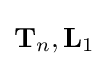
\mathbf {T} _{n},\mathbf {L} _{1}